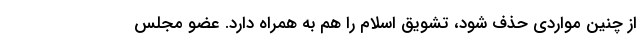
از چنین مواردی حذف شود، تشویق اسلام را هم به همراه دارد. عضو مجلس